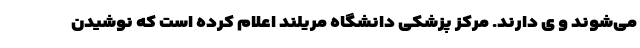
می‌شوند و ی دارند. مرکز پزشکی دانشگاه مریلند اعلام کرده است که نوشیدن